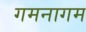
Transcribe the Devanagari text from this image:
गमनागम